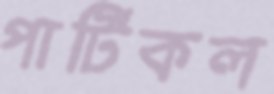
পার্টিকল